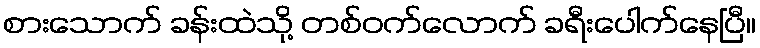
စားသောက် ခန်းထဲသို့ တစ်ဝက်လောက် ခရီးပေါက်နေပြီ။